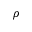
\rho